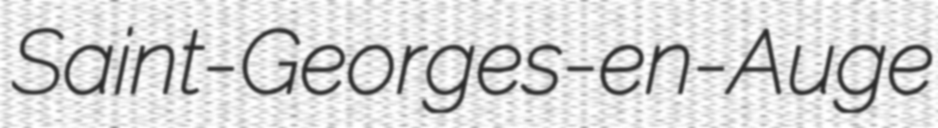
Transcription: Saint-Georges-en-Auge